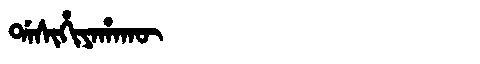
Manchu: ᡩᠠᠰᡳᡥᡳᠶᠠᡥᠠᡴᡡ
Romanization: DASIHIYAHAKŪ